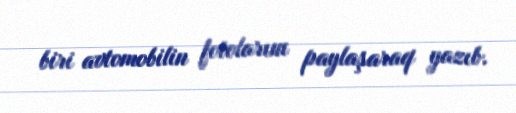
biri avtomobilin fotolarını paylaşaraq yazıb.